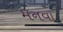
મનવા